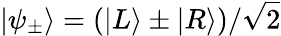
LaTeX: |\psi_{\pm}\rangle=(|L\rangle\pm|R\rangle)/\sqrt{2}